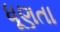
ધૂણતા